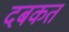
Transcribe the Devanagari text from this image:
दबकत